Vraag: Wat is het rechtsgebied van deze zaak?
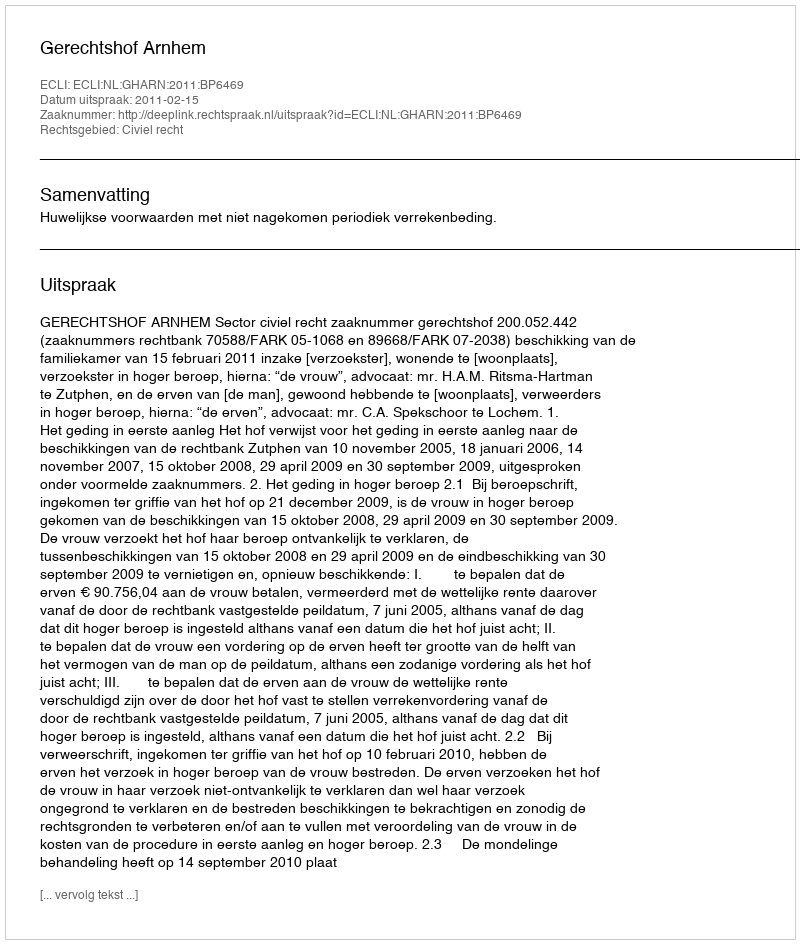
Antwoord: Civiel recht